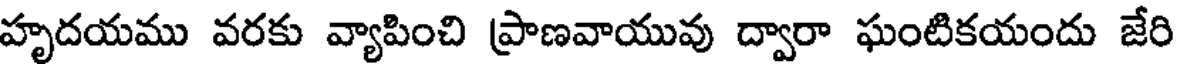
హృదయము వరకు వ్యాపించి ప్రాణవాయువు ద్వారా ఘంటికయందు జేరి